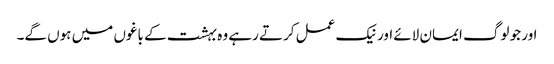
اور جو لوگ ایمان لائے اور نیک عمل کرتے رہے وہ بہشت کے باغوں میں ہوں گے۔